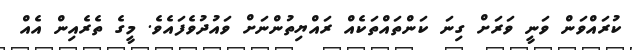
ކުރައްވަން ވަނީ ވަރަށް ގިނަ ކަންތައްތަކެއް ރައްޔިތުންނަށް ވައުދުވެފައެވެ. މީގެ ތެރެއިން އެއް